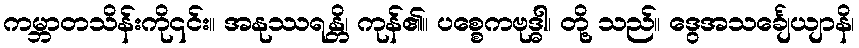
ကမ္ဘာတသိန်းကို၎င်း။ အနုဿရန္တိ၊ ကုန်၏။ ပစ္စေကဗုဒ္ဓါ၊ တို့ သည်။ ဒွေအသင်္ချေယျာနိ၊